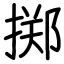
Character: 掷